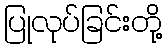
ပြုလုပ်ခြင်းတို့